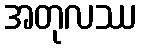
အတုလဿ